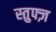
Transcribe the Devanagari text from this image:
स्तुफ्ज़